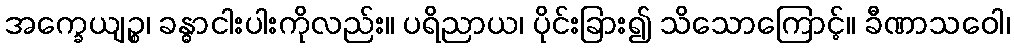
အက္ခေယျဉ္စ၊ ခန္ဓာငါးပါးကိုလည်း။ ပရိညာယ၊ ပိုင်းခြား၍ သိသောကြောင့်။ ခီဏာသဝေါ၊